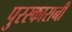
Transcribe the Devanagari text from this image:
पुरस्कारानी